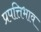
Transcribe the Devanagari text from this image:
प्रपत्तिभाव